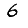
Digit: 6